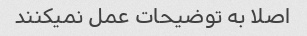
اصلا به توضیحات عمل نمیکنند